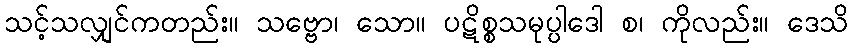
သင့်သလျှင်ကတည်း။ သဗ္ဗော၊ သော။ ပဋိစ္စသမုပ္ပါဒေါ စ၊ ကိုလည်း။ ဒေသိ